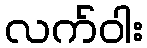
လက်ဝါး